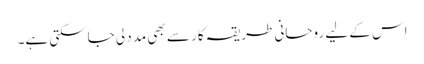
اس کے لیے روحانی طریقہ کار سے بھی مدد لی جاسکتی ہے۔